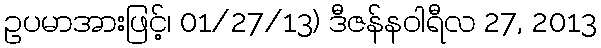
ဥပမာအားဖြင့်၊ 01/27/13) ဒီဇန်နဝါရီလ 27, 2013